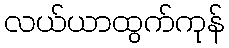
လယ်ယာထွက်ကုန်